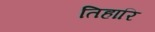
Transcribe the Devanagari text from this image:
तिहारि